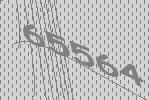
65564